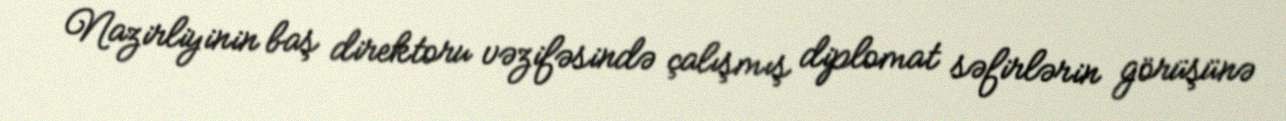
Nazirliyinin baş direktoru vəzifəsində çalışmış diplomat səfirlərin görüşünə